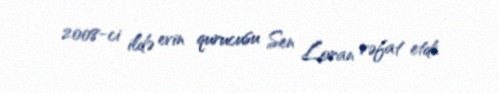
2008-ci ildə evin qurucusu Sen Loran vəfat etdi.